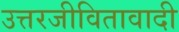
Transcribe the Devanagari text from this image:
उत्तरजीवितावादी